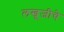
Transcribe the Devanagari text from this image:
लखूजीचे